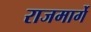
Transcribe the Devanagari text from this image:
राजमार्गे